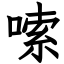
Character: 嗦